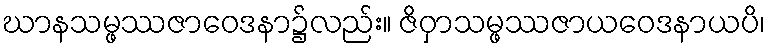
ဃာနသမ္ဖဿဇာဝေဒနာ၌လည်း။ ဇိဝှာသမ္ဖဿဇာယဝေဒနာယပိ၊